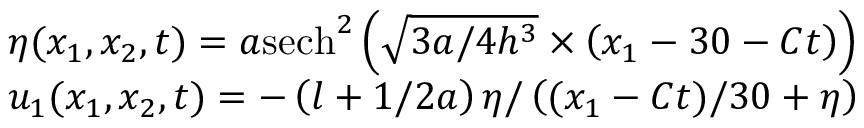
\begin{array} { r l } & { \eta ( x _ { 1 } , x _ { 2 } , t ) = a { { \operatorname { s e c h } } ^ { 2 } } \left( \sqrt { 3 a / 4 { { h } ^ { 3 } } } \times \left( x _ { 1 } - 3 0 - C t \right) \right) } \\ & { u _ { 1 } ( x _ { 1 } , x _ { 2 } , t ) = - \left( l + 1 / 2 a \right) \eta / \left( ( x _ { 1 } - C t ) / 3 0 + \eta \right) } \end{array}